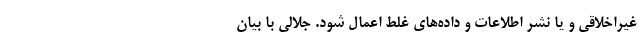
غیراخلاقی و یا نشر اطلاعات و داده‌های غلط اعمال شود. جلالی با بیان